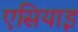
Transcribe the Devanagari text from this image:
एसियाइ